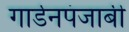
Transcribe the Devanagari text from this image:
गार्डनपंजाबी